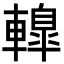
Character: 𨎦